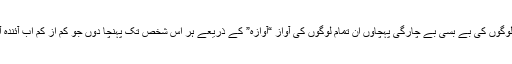
مجھے لگتا ہے کہ میں چلا چلا کر اربابِ اختیار تک لوگوں کی بے بسی بے چارگی پہچاوں ان تمام لوگوں کی آواز “آوازہ” کے ذریعے ہر اس شخص تک پہنچا دوں جو کم از کم اب آئندہ آنے والی بارشوں میں عوام پر یہ عزاب نہ ٹوٹنے دیں۔